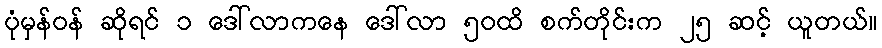
ပုံမှန်ဝန် ဆိုရင် ၁ ဒေါ်လာကနေ ဒေါ်လာ ၅၀ထိ စက်တိုင်းက ၂၅ ဆင့် ယူတယ်။